Veterinary regulations India, 1925 -
Year: 1925
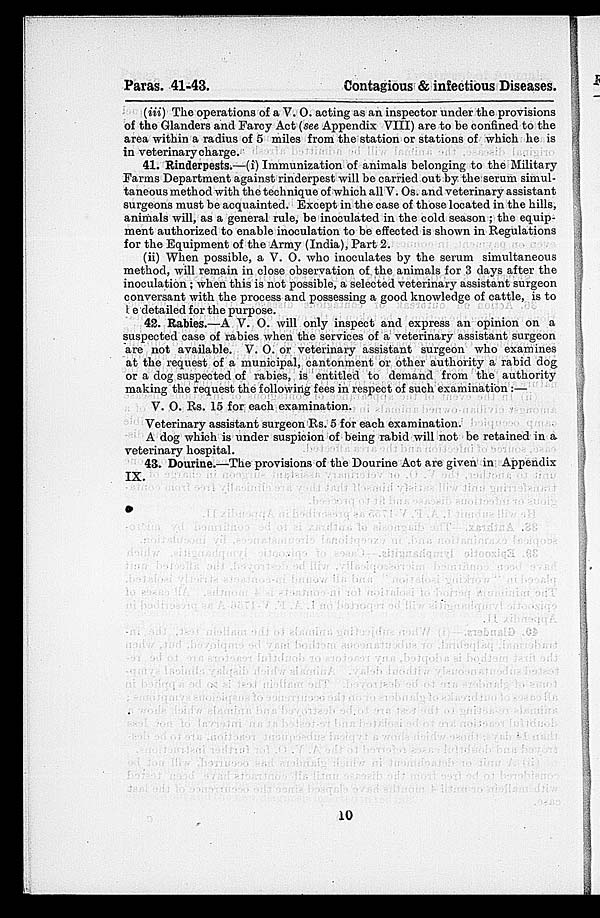
Paras. 41-43.
Contagious & infectious Diseases.
(iii) The operations of a V. O. acting as an inspector under the provisions
of the Glanders and Farcy Act (see Appendix VIII) are to be confined to the
area within a radius of 5 miles from the station or stations of which he is
in veterinary charge.
41. Rinderpests.—(i) Immunization of animals belonging to the Military
Farms Department against rinderpest will be carried out by the serum simul-
taneous method with the technique of which all V. Os. and veterinary assistant
surgeons must be acquainted. Except in the case of those located in the hills,
animals will, as a general rule, be inoculated in the cold season ; the equip-
ment authorized to enable inoculation to be effected is shown in Regulations
for the Equipment of the Army (India), Part 2.
(ii) When possible, a V. O. who inoculates by the serum simultaneous
method, will remain in close observation of the animals for 3 days after the
inoculation; when this is not possible, a selected veterinary assistant surgeon
conversant with the process and possessing a good knowledge of cattle, is to
be detailed for the purpose.
42. Rabies.—A V. O. will only inspect and express an opinion on a
suspected case of rabies when the services of a veterinary assistant surgeon
are not available. V. O. or veterinary assistant surgeon who examines
at the request of a municipal, cantonment or other authority a rabid dog
or a dog suspected of rabies, is entitled to demand from the authority
making the request the following fees in respect of such examination :—
V. O. Rs. 15 for each examination.
Veterinary assistant surgeon Rs. 5 for each examination.
A dog which is under suspicion of being rabid will not be retained in a
veterinary hospital.
43. Dourine.—The provisions of the Dourine Act are given in Appendix
IX.
10